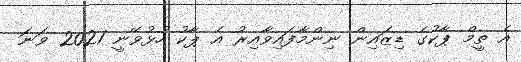
އެ ތީމް ޕާކުގެ ޑިޒައިން ނިންމާފައިވާއިރު އެ ޕާކު ހުޅުވޭނީ 2021 ވަނަ